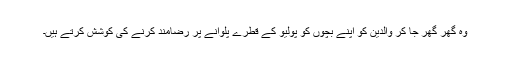
وہ گھر گھر جا کر والدین کو اپنے بچوں کو پولیو کے قطرے پلوانے پر رضامند کرنے کی کوشش کرتے ہیں۔